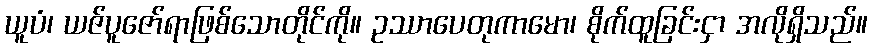
ယူပံ၊ ယဇ်ပူဇော်ရာဖြစ်သောတိုင်ကို။ ဥဿာပေတုကာမော၊ စိုက်ထူခြင်းငှာ အလိုရှိသည်။